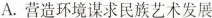
A.营造环境谋求民族艺术发展